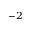
^ { - 2 }